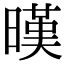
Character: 暵